Annual administration report of the Civil Veterinary Department of India - 1897-1898
Year: 1897
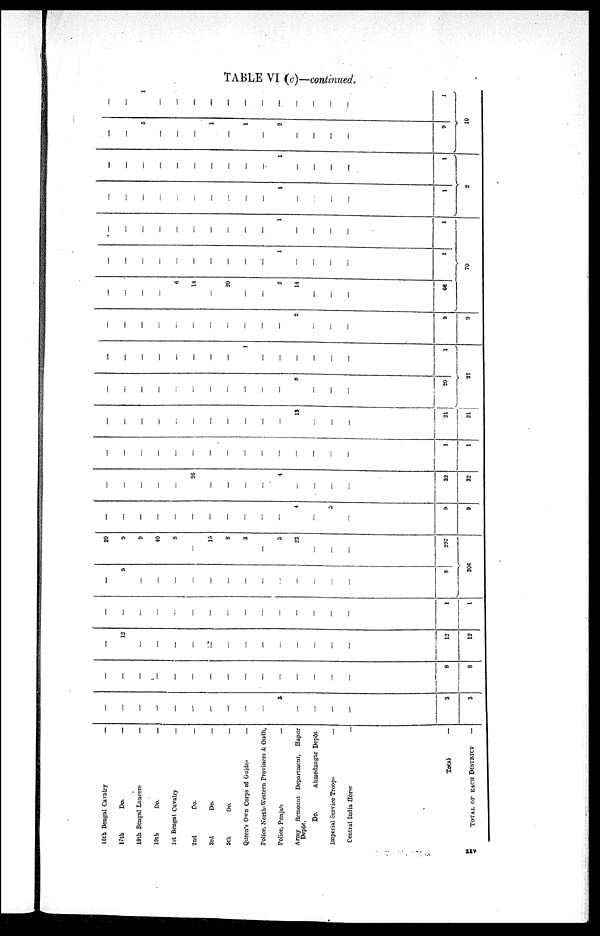
TABLE VI (c)—continued.
16th Bengal Cavalry
—
17th
Do.
—
18th Bengal Lancers
—
19th
Do.
—
1st Bengal Cavalry
—
2nd
Do.
—
3rd
Do.
—
3th
Do.
—
Queen's Own Corps of Guides
—
Police, North—Western Provinces & Oudh,
Police, Punjab
—
Army
Remount Department,
Hapur
Depôt.
Do.
Ahmdnagar Depôt
Imperial Service Troops
—
Central India Horse
—
Total
—
TOTAL OF EACH DISTRICT
—
—
—
—
—
—
—
—
—
—
—
3
—
—
—
3
3
—
—
—
—
—
—
—
—
—
—
—
—
—
—
8
8
—
12
—
—
—
—
—
—
—
—
—
—
—
—
12
12
—
—
—
—
—
—
—
—
—
—
—
—
—
—
1
1
—
9
—
—
—
—
—
—
—
—
—
—
—
—
9
20
9
9
40
8
—
15
3
3
—
5
23
—
—
297
306
—
—
—
—
—
—
—
—
—
—
—
4
—
3
9
9
—
—
—
—
—
26
—
—
—
—
4
—
—
—
32
32
—
—
—
—
—
—
—
—
—
—
—
—
—
—
1
1
—
—
—
—
—
—
—
—
—
—
—
13
—
21
21
—
—
—
—
—
—
—
—
—
—
—
8
—
—
20
—
—
—
—
—
—
—
—
1
—
—
—
—
—
1
21
—
—
—
—
—
—
—
—
—
—
—
2
—
—
9
9
—
—
—
6
14
—
20
—
—
2
14
—
—
68
—
—
—
—
—
—
—
—
—
1
—
—
—
1
—
—
—
—
—
—
—
—
—
—
1
—
—
—
1
70
—
—
—
—
—
—
—
—
—
1
—
—
—
1
—
—
—
—
—
—
—
—
—
—
1
—
—
—
1
2
—
5
—
—
—
1
—
1
—
2
—
—
—
9
—
1
—
—
—
—
—
—
—
—
—
—
—
1
10
xxv